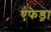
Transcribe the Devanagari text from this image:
एफेड्रा